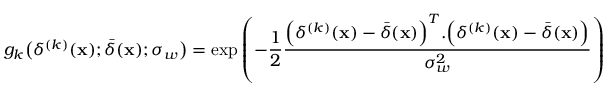
g _ { k } \bigl ( \delta ^ { ( k ) } ( \mathbf { x } ) ; \bar { \delta } ( \mathbf { x } ) ; \sigma _ { w } \bigr ) = \exp \left( - \frac { 1 } { 2 } \frac { \Bigl ( \delta ^ { ( k ) } ( \mathbf { x } ) - \bar { \delta } ( \mathbf { x } ) \Bigr ) ^ { T } . \Bigl ( \delta ^ { ( k ) } ( \mathbf { x } ) - \bar { \delta } ( \mathbf { x } ) \Bigr ) } { \sigma _ { w } ^ { 2 } } \right)